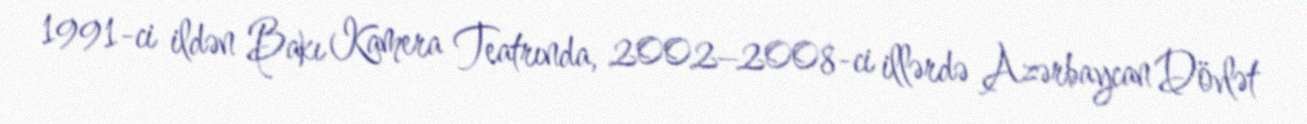
1991-ci ildən Bakı Kamera Teatrında, 2002–2008-ci illərdə Azərbaycan Dövlət